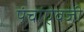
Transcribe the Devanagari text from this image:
पंचांऐवजी